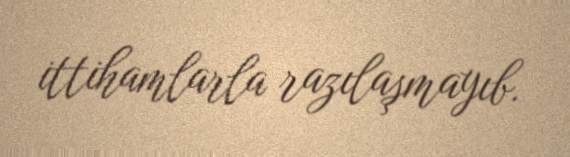
ittihamlarla razılaşmayıb.